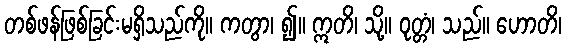
တစ်ဖန်ဖြစ်ခြင်းမရှိသည်ကို။ ကတွာ၊ ၍။ ဣတိ၊ သို့။ ဝုတ္တံ၊ သည်။ ဟောတိ၊